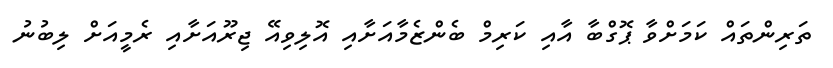
ތަރިންތައް ކަމަށްވާ ޕޮގްބާ އާއި ކަރިމް ބެންޒެމާއަށާއި އޮލިވިއޭ ޖިރޫއަށާއި ރެމީއަށް ލިބުނު